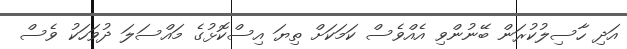
އަދި ހާސިލުކުރަން ބޭނުންވި އެއްވެސް ކަމަކަށް ތިޔަ އިސްކޮޅުގެ މައްސަލަ ދުވަހަކު ވެސް